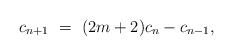
LaTeX: \begin{align*}c_{n+1} \ = \ (2m+2)c_{n}-c_{n-1},\end{align*}